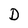
Character: D